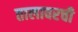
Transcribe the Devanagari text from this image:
तालावरची